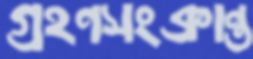
গ্রহণসংক্রান্ত